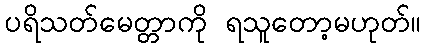
ပရိသတ်မေတ္တာကို ရသူတော့မဟုတ်။